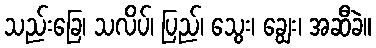
သည်းခြေ၊ သလိပ်၊ ပြည်၊ သွေး၊ ချွေး၊ အဆီခဲ။